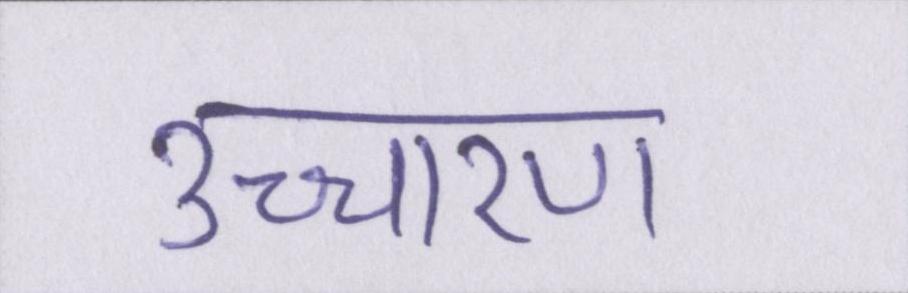
उच्चारण